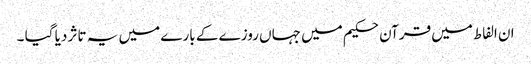
ان الفاط میں قرآن حکیم میں جہاں روزے کے بارے میں یہ تاثر دیا گیا ۔